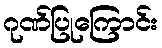
ဂုဏ်ပြုကြောင်း